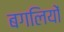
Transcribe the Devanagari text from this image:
बगलियों